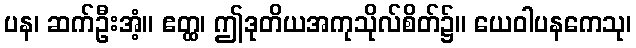
ပန၊ ဆက်ဦးအံ့။ ဧတ္ထ၊ ဤဒုတိယအကုသိုလ်စိတ်၌။ ယေဝါပနကေသု၊